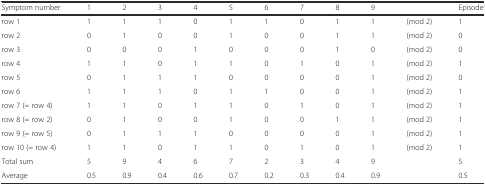
| Symptom number | 1 | 2 | 3 | 4 | 5 | 6 | 7 | 8 | 9 |  | Episode |
 | --- | --- | --- | --- | --- | --- | --- | --- | --- | --- | --- | --- |
 | row 1 | 1 | 1 | 1 | 0 | 1 | 1 | 0 | 1 | 1 | (mod 2) | 1 |
 | row 2 | 0 | 1 | 0 | 0 | 1 | 0 | 0 | 1 | 1 | (mod 2) | 0 |
 | row 3 | 0 | 0 | 0 | 1 | 0 | 0 | 0 | 1 | 0 | (mod 2) | 0 |
 | row 4 | 1 | 1 | 0 | 1 | 1 | 0 | 1 | 0 | 1 | (mod 2) | 1 |
 | row 5 | 0 | 1 | 1 | 1 | 0 | 0 | 0 | 0 | 1 | (mod 2) | 0 |
 | row 6 | 1 | 1 | 1 | 0 | 1 | 1 | 0 | 0 | 1 | (mod 2) | 1 |
 | row 7 (= row 4) | 1 | 1 | 0 | 1 | 1 | 0 | 1 | 0 | 1 | (mod 2) | 1 |
 | row 8 (= row 2) | 0 | 1 | 0 | 0 | 1 | 0 | 0 | 1 | 1 | (mod 2) | 1 |
 | row 9 (= row 5) | 0 | 1 | 1 | 1 | 0 | 0 | 0 | 0 | 1 | (mod 2) | 1 |
 | row 10 (= row 4) | 1 | 1 | 0 | 1 | 1 | 0 | 1 | 0 | 1 | (mod 2) | 1 |
 | Total sum | 5 | 9 | 4 | 6 | 7 | 2 | 3 | 4 | 9 |  | 5 |
 | Average | 0.5 | 0.9 | 0.4 | 0.6 | 0.7 | 0.2 | 0.3 | 0.4 | 0.9 |  | 0.5 |